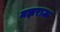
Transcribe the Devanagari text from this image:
मझराऊ